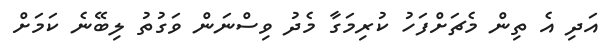
އަދި އެ ތިން މެޗަށްފަހު ކުރިމަގާ މެދު ވިސްނަން ވަގުތު ލިބޭނެ ކަމަށް